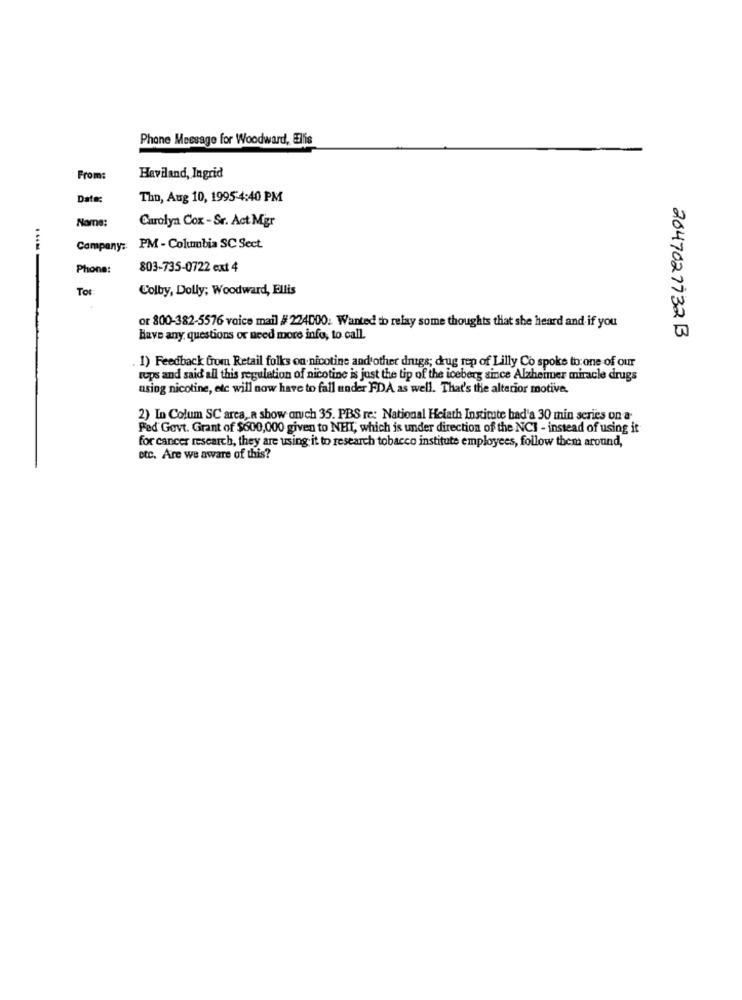
Phone Message for Woodward, Elis
From:
Haviland, Ingrid
Date:
Thu, Aug 10, 1995-4:40 PM
Name:
Carolyn Cox -Sr. Act Mgr
Company: PM - Columbia SC Sect
Phone:
803-735-0722 ext 4
Tot
Colby, Dolly; Woodward, Ellis
or 800-382-5576 voice mail # 224000. Wanted to relay some thoughts that she heard and if you
Have any questions or need more info, to call.
2047027732B
1) Feedback Grom Retail folks on nicotine and other drugs; drug rep of Lilly Co spoke to:one of our
tops and said all this regulation of nicotine is just the tip of the iceberg since Alzheimer miracle drugs
using nicotine, etc will now have to fall under FDA as well. That's the alterior motive,
2) In Colum SC arca, a show onich 35. PBS re: National Helath Institute bad'a 30 min series on a-
Fed Govt. Grant of $600,000 given to NEIL, which is under direction of the NCI - instead of using it
for cancer research, they are using it to research tobacco institute employees, follow them around,
etc. Are we aware of this?